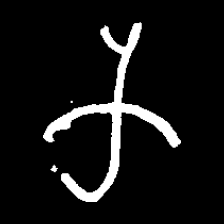
Pyu character \u2014 Myanmar letter: က (romanized: ka)